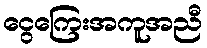
ငွေကြေးအကူအညီ